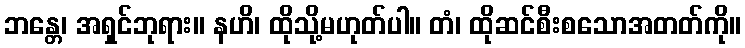
ဘန္တေ၊ အရှင်ဘုရား။ နဟိ၊ ထိုသို့မဟုတ်ပါ။ တံ၊ ထိုဆင်စီးစသောအတတ်ကို။